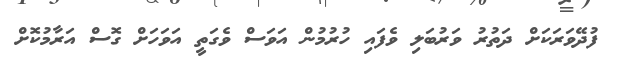
ފުދޭވަރަކަށް ދަތުރު ވަރުބަލި ވެފައި ހުރުމުން އަވަސް ވެގަތީ އަވަހަށް ގޮސް އަރާމުކޮށް